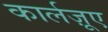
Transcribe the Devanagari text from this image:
कार्लज़ूए